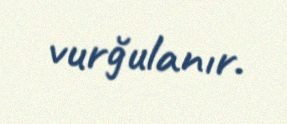
vurğulanır.